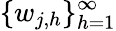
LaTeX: \{ w_{j,h}\} _{h=1}^{\infty}